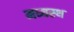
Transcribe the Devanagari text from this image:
मध्‍यस्‍थ